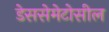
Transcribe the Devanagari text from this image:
डेससेमेटोसील